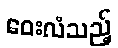
ဝေးလံသည့်